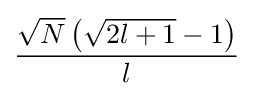
{\frac {{\sqrt {N}}\left({\sqrt {2l+1}}-1\right)}{l}}